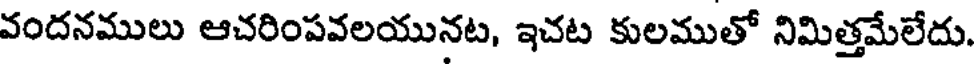
వందనములు ఆచరింపవలయునట, ఇచట కులముతో నిమిత్తమేలేదు.